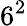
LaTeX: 6^{2}